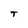
Character: t